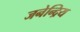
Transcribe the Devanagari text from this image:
जनेन्द्रिय